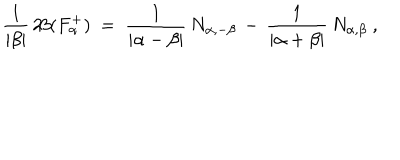
\frac { 1 } { | \beta | } \, 2 \! \beta ( F _ { \alpha } ^ { + } ) ~ = ~ \frac { 1 } { | \alpha - \beta | } \, N _ { \alpha , - \beta } \, - \, \frac { 1 } { | \alpha + \beta | } \, N _ { \alpha , \beta } ~ ,